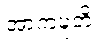
အာကဍ္ဎတိ